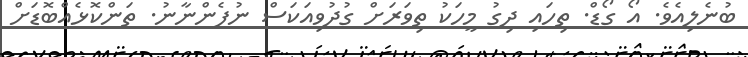
ބުނެލިއެވެ. އޯ ގޯޑް. ތިހައި ދިގު މީހަކު ތިވަރަށް ގުދުވިއަކަސް ނުފެންނާނު. ތަންކޮޅެއްބޮޑަށް